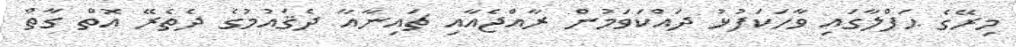
މިރޭގެ ޙަފްލާގައި ވާހަކަފުޅު ދައްކަވަމުން ރާއްޖެއާއި ޗައިނާއާ ދެޤައުމުގެ ދެތެރޭ އޮތް ގާތް